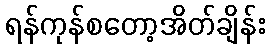
ရန်ကုန်စတော့အိတ်ချိန်း